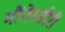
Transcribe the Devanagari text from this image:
मौंतेस्सौरी